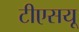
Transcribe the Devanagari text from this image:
टीएसयू